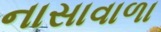
નાસાવાળા